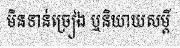
មិនទាន់ច្រៀង ឬនិយាយសម្តី